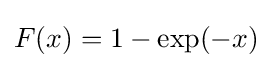
F(x)=1-\exp(-x)